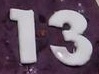
13